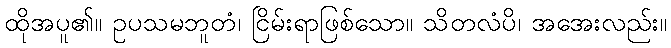
ထိုအပူ၏။ ဥပသမဘူတံ၊ ငြိမ်းရာဖြစ်သော။ သိတလံပိ၊ အအေးလည်း။